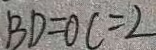
B D = O C = 2